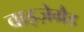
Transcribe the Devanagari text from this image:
वाइज़ेग्रैड